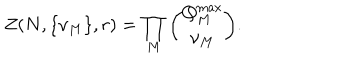
Z ( N , \{ \nu _ { M } \} , r ) = \prod _ { M } { \binom { Q _ { M } ^ { \max } } { \nu _ { M } } } .